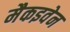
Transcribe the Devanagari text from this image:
मैकइवेन